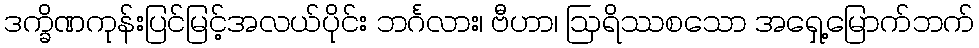
ဒက္ခိဏကုန်းပြင်မြင့်အလယ်ပိုင်း ဘင်္ဂလား၊ ဗီဟာ၊ ဩရိဿစသော အရှေ့မြောက်ဘက်